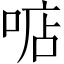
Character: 𠶧